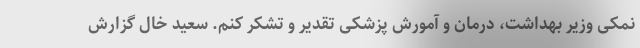
نمکی وزیر بهداشت، درمان و آمورش پزشکی تقدیر و تشکر کنم. سعید خال گزارش